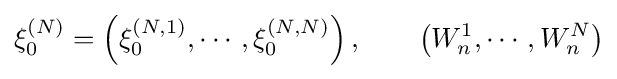
\xi _{0}^{(N)}=\left(\xi _{0}^{(N,1)},\cdots ,\xi _{0}^{(N,N)}\right),\qquad \left(W_{n}^{1},\cdots ,W_{n}^{N}\right)